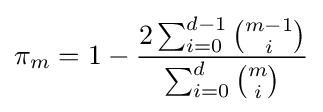
\pi _{m}=1-{\frac {2\sum _{i=0}^{d-1}{{m-1} \choose i}}{\sum _{i=0}^{d}{m \choose i}}}